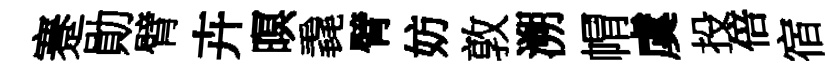
蹇勛臂卉暝毳臂妨敦溯㡌虞投倍宿